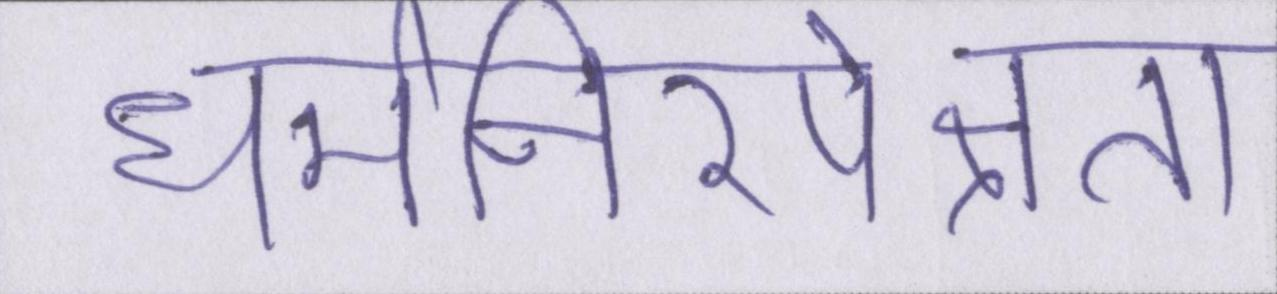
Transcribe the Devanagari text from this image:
धर्मनिरपेक्षता